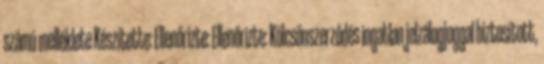
számú melléklete Készítette: Ellenőrizte: Ellenőrizte: Kölcsönszerződés ingatlan jelzálogjoggal biztosított,